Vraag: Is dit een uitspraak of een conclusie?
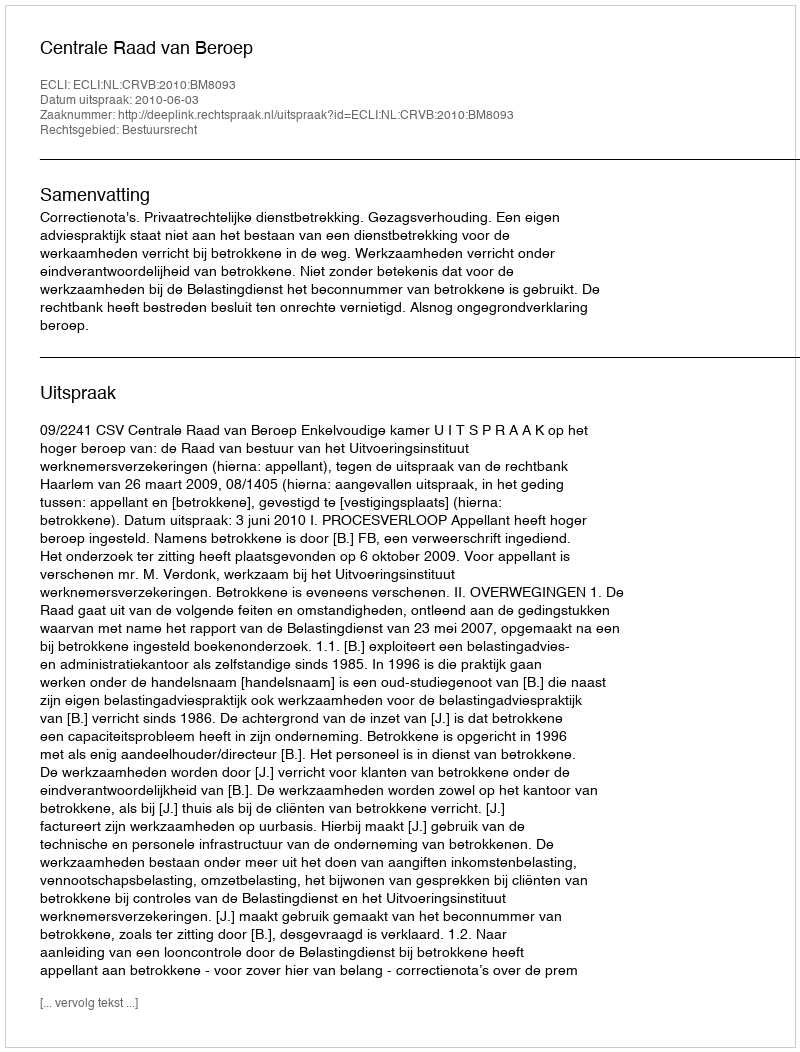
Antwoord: Uitspraak